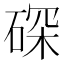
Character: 𱴑